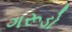
ગરૂડો